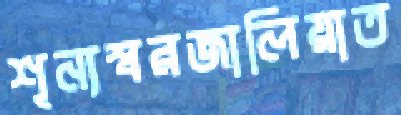
শূন্যস্বরজালিয়াত